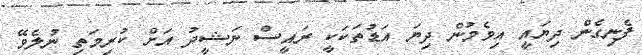
ފެނިގެން ދިޔައީ އިވެމުން ދިޔަ އަޑުތަކަކީ ރައީސް ނަޝީދު އަށް ކުރިމަތި ނުލެވޭ